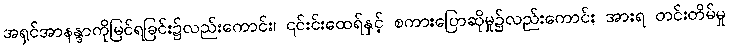
အရှင်အာနန္ဒာကိုမြင်ရခြင်း၌လည်းကောင်း၊ ၎င်းင်းထေရ်နှင့် စကားပြောဆိုမှု၌လည်းကောင်း အားရ တင်းတိမ်မှု